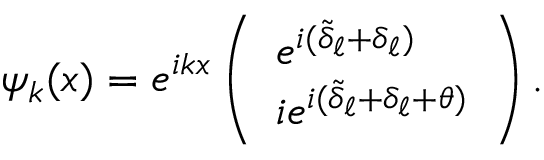
\psi _ { k } ( x ) = e ^ { i k x } \left( \begin{array} { l } { { e ^ { i ( \tilde { \delta } _ { \ell } + \delta _ { \ell } ) } } } \\ { { i e ^ { i ( \tilde { \delta } _ { \ell } + \delta _ { \ell } + \theta ) } } } \end{array} \right) .